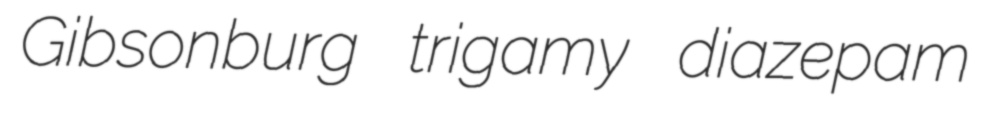
Gibsonburg trigamy diazepam